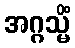
အဂ္ဂသ္မိံ